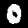
Label: 0